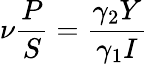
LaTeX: \nu\frac{P}{S}=\frac{\gamma_{2}Y}{\gamma_{1}I}